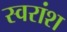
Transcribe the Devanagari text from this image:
स्वरांश